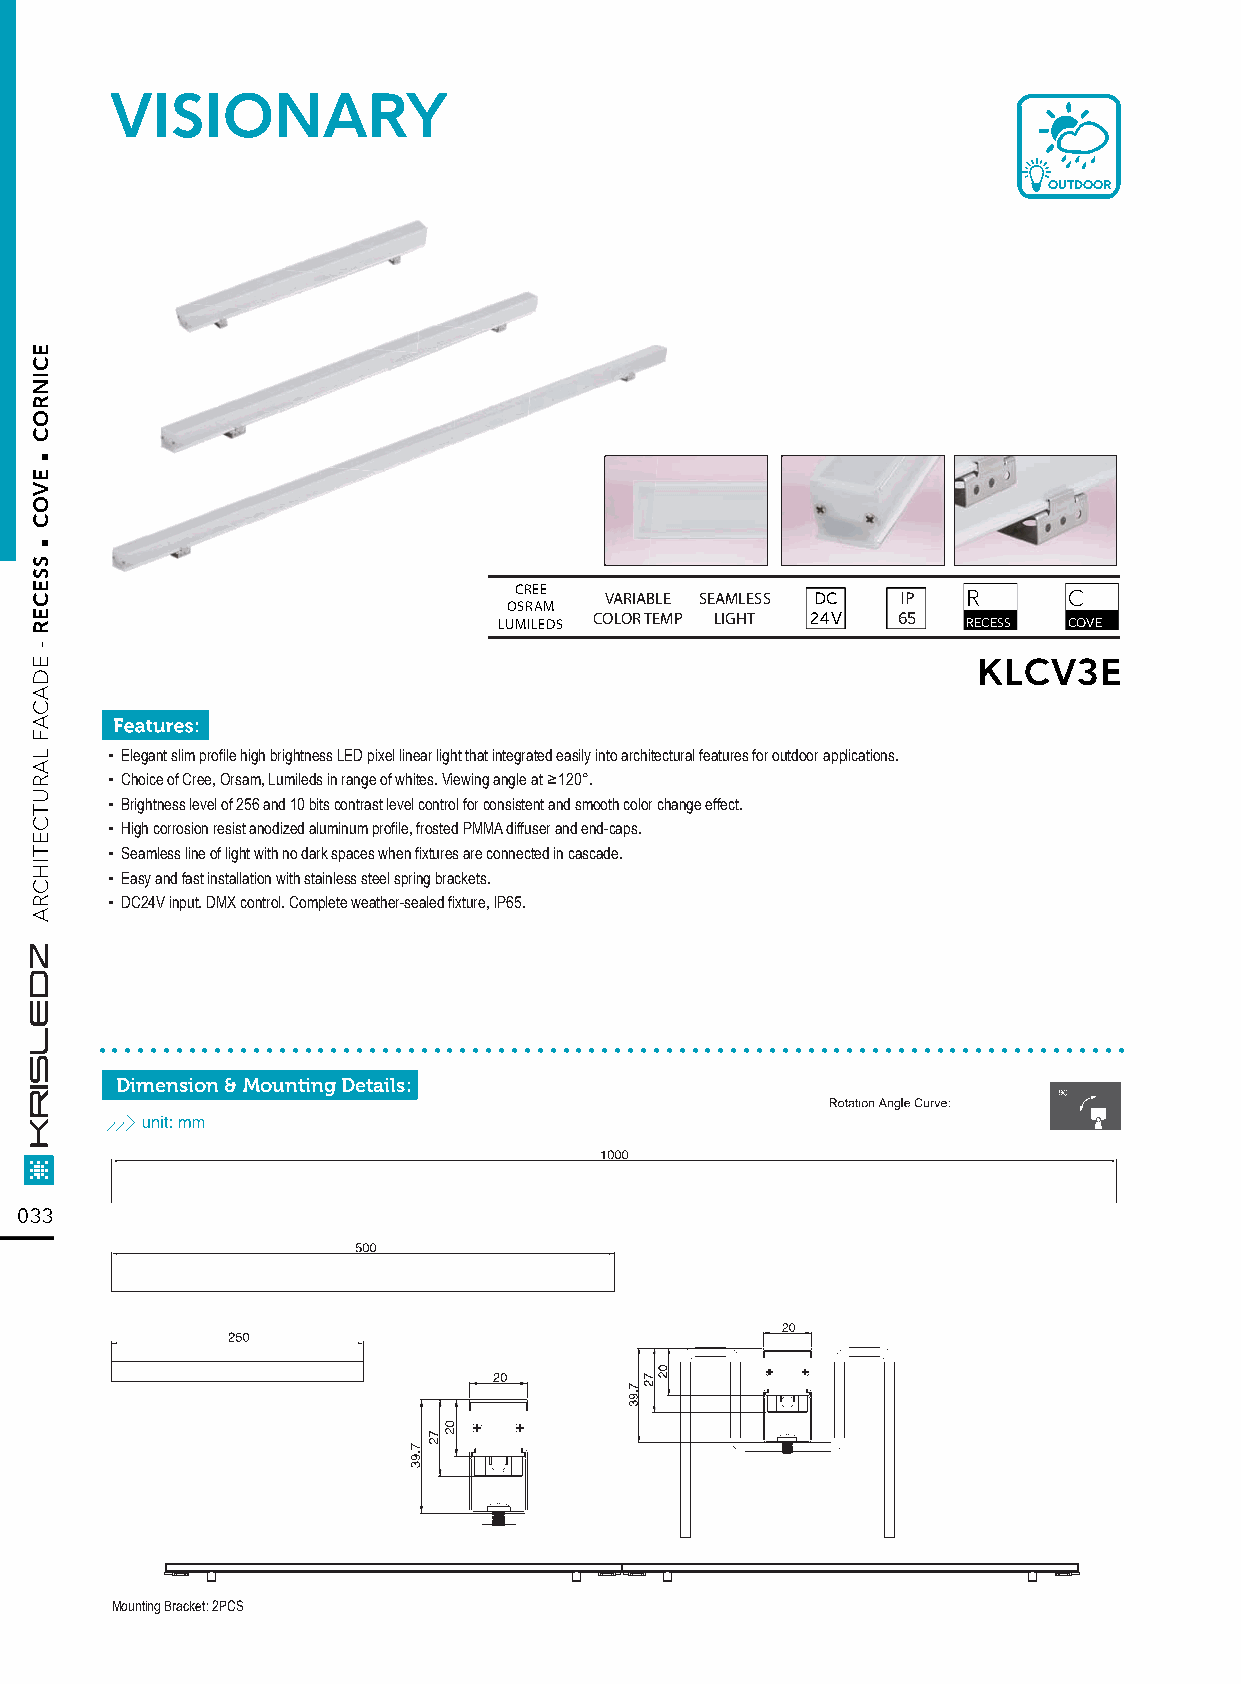
VISIONARY
 OUTDOOR
 CREE  VARIABLE SEAMLESS DC IP R      C
 OSRAM
 LUMILEDS COLOR TEMP LIGHT 24V 65 RECESS COVE
 KLCV3E
 ▪ Elegant slim profile high brightness LED pixel linear light that integrated easily into architectural features for outdoor applications.
 ▪ Choice of Cree, Orsam, Lumileds in range of whites. Viewing angle at ≥ 120°.
 ▪ Brightness level of 256 and 10 bits contrast level control for consistent and smooth color change effect.
 ▪ High corrosion resist anodized aluminum profile, frosted PMMA diffuser and end-caps.
 ▪ Seamless line of light with no dark spaces when fixtures are connected in cascade.
 ▪ Easy and fast installation with stainless steel spring brackets.
 ▪ DC24V input. DMX control. Complete weather-sealed fixture, lP65.
 ................................................................................
 Dimension & Mounting Details:
 033
 Mounting Bracket: 2PCS
 .
 .
 ECINROC
 EVOC
 SSECER
 -
 EDACAF
 LARUTCETIHCRA